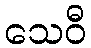
သေဝီ